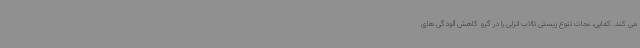
می کند. کفایی، نجات تنوع زیستی تالاب انزلی را در گرو کاهش آلودگی های